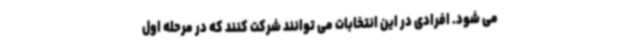
می شود. افرادی در این انتخابات می توانند شرکت کنند که در مرحله اول